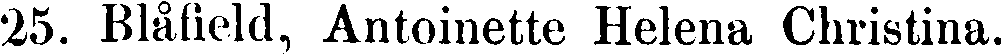
25. Blåfield, Antoinette Helena Christina.